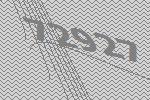
72927